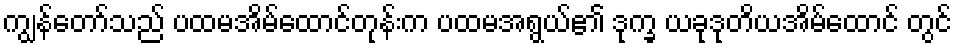
ကျွန်တော်သည် ပထမအိမ်ထောင်တုန်းက ပထမအရွယ်၏ ဒုက္ခ ယခုဒုတိယအိမ်ထောင် တွင်